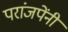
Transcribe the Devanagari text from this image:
परांजपेंनी